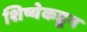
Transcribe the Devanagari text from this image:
शिष्येकडून